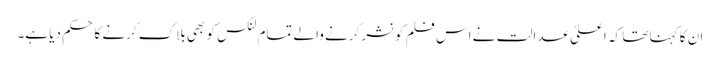
ان کا کہنا تھا کہ اعلیٰ عدالت نے اس فلم کو نشر کرنے والے تمام لنکس کو بھی بلاک کرنے کا حکم دیا ہے۔